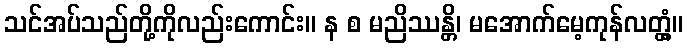
သင်အပ်သည်တို့ကိုလည်းကောင်း။ န စ မညိဿန္တိ၊ မအောက်မေ့ကုန်လတ္တံ့။